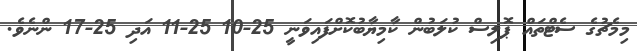
މިމެޗުގެ ސެޓްތައް ޕޮލިސް ކުލަބުން ކާމިޔާބުކޮށްފައިވަނީ 25-10 25-11 އަދި 25-17 ންނެވެ.